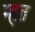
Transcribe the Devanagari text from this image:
न्हत